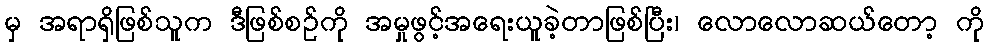
မှ အရာရှိဖြစ်သူက ဒီဖြစ်စဉ်ကို အမှုဖွင့်အရေးယူခဲ့တာဖြစ်ပြီး၊ လောလောဆယ်တော့ ကို